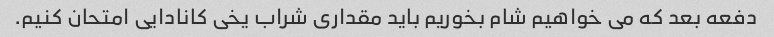
دفعه بعد که می خواهیم شام بخوریم باید مقداری شراب یخی کانادایی امتحان کنیم.